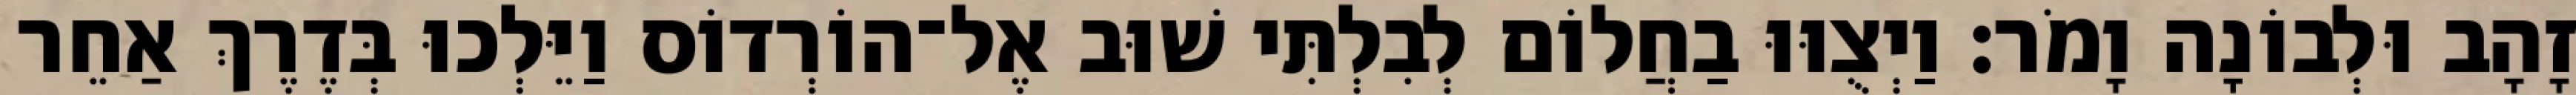
זָהָב וּלְבוֹנָה וָמֹר׃ וַיְצֻוּוּ בַחֲלוֹם לְבִלְתִּי שׁוּב אֶל־הוֹרְדוֹס וַיֵּלְכוּ בְּדֶרֶךְ אַחֵר